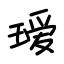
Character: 瑷